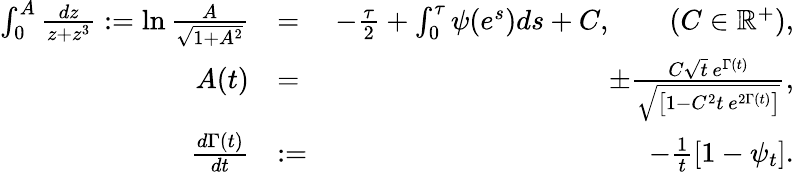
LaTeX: \begin{array}{rlr}{\int_{0}^{A}\frac{dz}{z+z^{3}}:=\ln\frac{A}{\sqrt{1+A^{2}}}}&{=}&{-\frac{\tau}{2}+\int_{0}^{\tau}\psi(e^{s})ds+C,\qquad(C\in\mathbb{R}^{+}),}\\ {A(t)}&{=}&{\pm\frac{C\sqrt{t}\, e^{\Gamma(t)}}{\sqrt{\left[1-C^{2}t\, e^{2\Gamma(t)}\right]}},}\\ {\frac{d\Gamma(t)}{dt}}&{:=}&{-\frac{1}{t}\left[1-\psi_{t}\right].}\end{array}